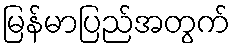
မြန်မာပြည်အတွက်